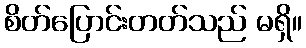
စိတ်ပြောင်းတတ်သည် မရှိ။